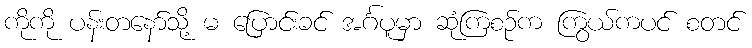
ကိုကို ပန်းတနော်သို့ မ ပြောင်းခင် အင်္ဂပူမှာ ဆုံကြစဉ်က ကြွယ်ကပင် စတင်